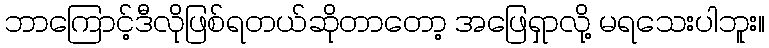
ဘာကြောင့်ဒီလိုဖြစ်ရတယ်ဆိုတာတော့ အဖြေရှာလို့ မရသေးပါဘူး။